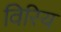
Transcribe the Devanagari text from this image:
विरिय